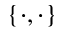
\{ \cdot , \cdot \}